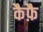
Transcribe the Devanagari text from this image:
कैफ़ै